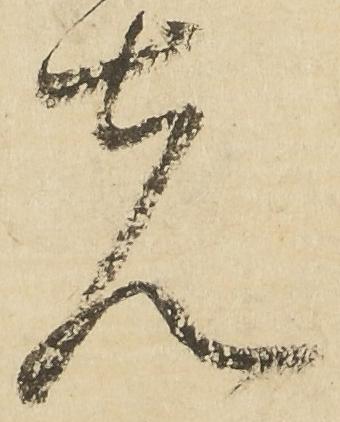
先